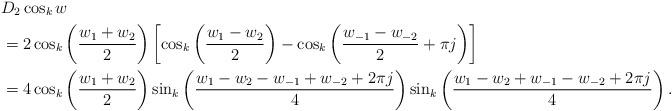
LaTeX: \begin{align*}& D_2 \cos_k w\\ &= 2 \cos_k\left( \frac{w_1+w_2}2 \right) \left[ \cos_k\left( \frac{w_1-w_2}2 \right) - \cos_k \left( \frac{w_{-1}-w_{-2}}2 + \pi j \right) \right] \\&= 4 \cos_k \left( \frac{w_1+w_2}2 \right) \sin_k \left( \frac{ w_1-w_2 - w_{-1} + w_{-2} + 2\pi j }{4} \right) \sin_k \left( \frac{ w_1-w_2 + w_{-1} - w_{-2} + 2\pi j }{4} \right). \end{align*}